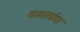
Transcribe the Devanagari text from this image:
यमतर्पण